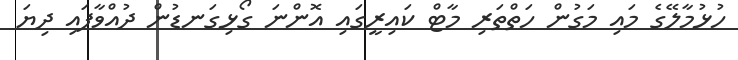
ހުޅުމާލޭގެ މައި މަގުން ހަތްތަރި މާޓް ކައިރީގައި އޮންނަ ގޯޅިގަނޑުން ދުއްވާފައި ދިޔަ